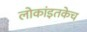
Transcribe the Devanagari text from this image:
लोकांइतकेच